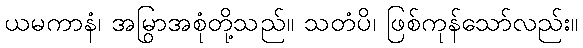
ယမကာနံ၊ အမြွာအစုံတို့သည်။ သတံပိ၊ ဖြစ်ကုန်သော်လည်း။